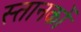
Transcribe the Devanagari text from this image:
स्तानकों